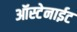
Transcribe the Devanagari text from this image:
ऑस्टेनाईट